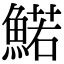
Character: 鰙